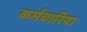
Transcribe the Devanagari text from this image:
कर्मचारिया